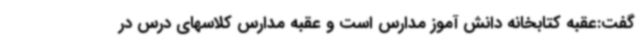
گفت:عقبه کتابخانه دانش آموز مدارس است و عقبه مدارس کلاسهای درس در